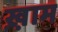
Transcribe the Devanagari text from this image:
ख़़ाम